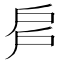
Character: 𢨳